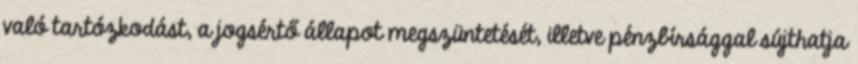
való tartózkodást, a jogsértő állapot megszüntetését, illetve pénzbírsággal sújthatja